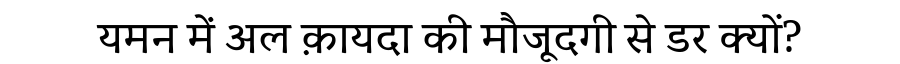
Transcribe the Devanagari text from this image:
यमन में अल क़ायदा की मौजूदगी से डर क्यों?